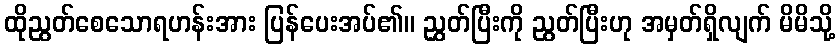
ထိုညွတ်စေသောရဟန်းအား ပြန်ပေးအပ်၏။ ညွှတ်ပြီးကို ညွတ်ပြီးဟု အမှတ်ရှိလျက် မိမိသို့